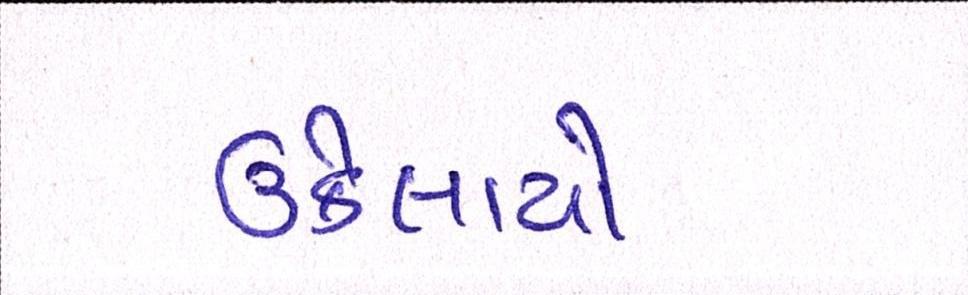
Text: ઉકેલાયો